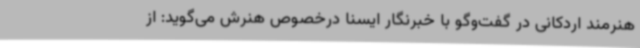
هنرمند اردکانی در گفت‌وگو با خبرنگار ایسنا درخصوص هنرش می‌گوید: از